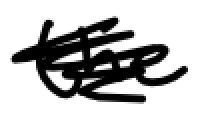
Text: the
Cross-out: scratch
Writing tool: digital_black